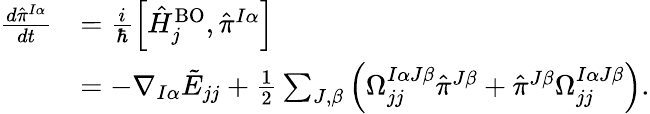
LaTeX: \begin{array}{rl}{\frac{d{\hat{\pi}}^{I\alpha}}{dt}}&{=\frac i{\hbar}\left[\hat{H}_{j}^{\mathrm{BO}},{\hat{\pi}^{I\alpha}}\right]}\\ &{=-\nabla_{I\alpha}\tilde{E}_{jj}+\frac 12\sum_{J,\beta}\left(\Omega_{jj}^{I\alpha J\beta}{\hat{\pi}}^{J\beta}+{\hat{\pi}}^{J\beta}\Omega_{jj}^{I\alpha J\beta}\right).}\end{array}